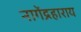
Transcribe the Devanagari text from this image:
नागेंद्रहाराय